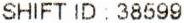
SHIFT ID : 38599